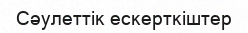
Сәулеттік ескерткіштер